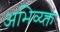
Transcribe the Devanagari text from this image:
अभिव्य्क्त